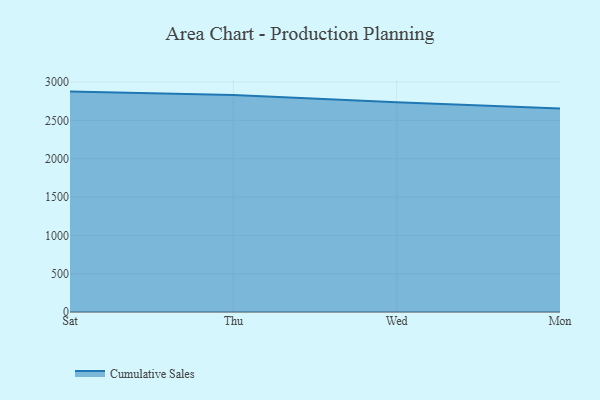
{"axis": {"x": "Day", "y": "Backlog"}, "legend": ["Cumulative Sales"], "data": [{"x": "Sat", "y": 2876.2, "type": "Cumulative Sales"}, {"x": "Thu", "y": 2833.0, "type": "Cumulative Sales"}, {"x": "Wed", "y": 2736.6, "type": "Cumulative Sales"}, {"x": "Mon", "y": 2656.7, "type": "Cumulative Sales"}]}